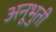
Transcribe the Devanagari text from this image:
अनूभुती